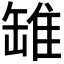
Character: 𫄻